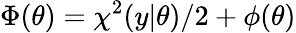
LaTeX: \Phi(\theta)=\chi^{2}(y|\theta)/2+\phi(\theta)